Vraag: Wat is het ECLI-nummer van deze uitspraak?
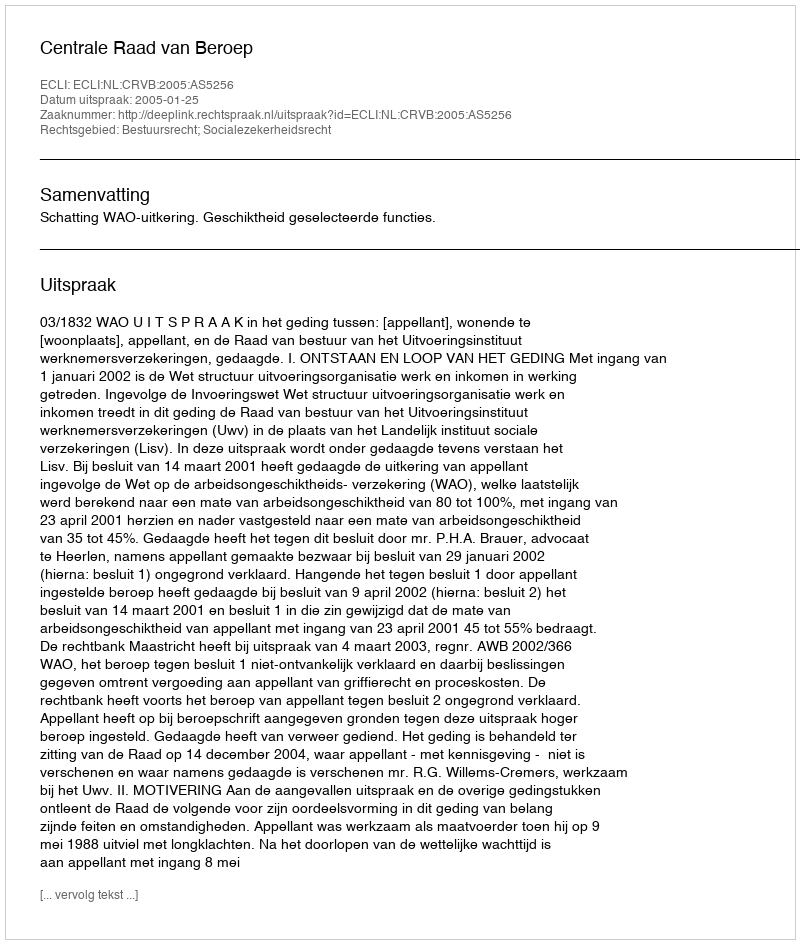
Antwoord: ECLI:NL:CRVB:2005:AS5256